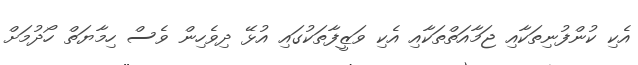
އެކި ކުންފުނިތަކާއި ޖަމާއަތްތަކާއި އެކި ވަޒީފާތަކުގައި އުޅޭ ދިވެހިން ވެސް ހިމާޔަތް ހޯދުމަށް